Code of medical and sanitary regulations for the guidance of medical officers serving in the Madras Presidency - Volume II
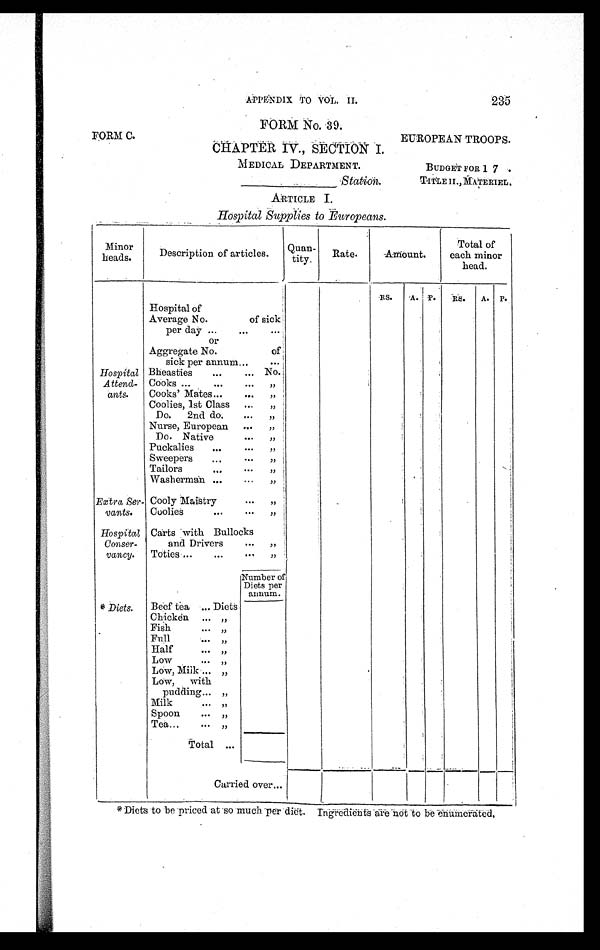
APPENDIX TO VOL. II. 235
FORM No. 39.
FORM C. EUROPEAN TROOPS.
CHAPTER IV., SECTION I.
MEDICAL DEPARTMENT. BUDGET FOR 1 7 .
_ _ _ _ _ _ _ _ _ _ _ _ _
S t a t i o n .
T I T L E I I . , M A T E R I E L .
ARTICLE I.
Hospital Supplies to Europeans.
Minor
heads.
Description of articles.
Quan-
tity.
Rate.
Amount.
Total of
each minor
head.
RS.
A. P.
RS.
A. P.
Hospital
Attend-
ants.
Hospital of
Average No. of sick
per day ...
... ...
or
Aggregate No. of
sick per annum ...
...
Bheasties
...
... No.
Cooks ...
...
...
„
Cooks' Mates
...
...
„
Coolies, 1st Class ...
„
Do. 2nd do.
...
„
Nurse, European ...
„
Do. Native
...
„
Puckalies
...
...
„
Sweepers
...
...
„
Tailors
. . .
...
„
Washerman ...
...
„
Extra Ser-
vants.
Cooly Maistry
. . .
„
Coolies
. . .
. . .
„
Hospital
Conser-
vancy.
Carts with Bullocks
and Drivers
. . .
„
Toties ...
...
. . . „
Number of
Diets per
annum.
* Diets.
Beef tea ... Diets
Chicken ... „
Fish
. . . „
Full
...
„
Half
. . . „
Low
. . . „
Low, Milk ... „
Low, with
pudding ... „
Milk
. . . „
Spoon
. . . „
Tea...
. . . „
Total ...
Carried over...
* Diets to be priced at so much per diet. Ingredients are not to be enumerated.